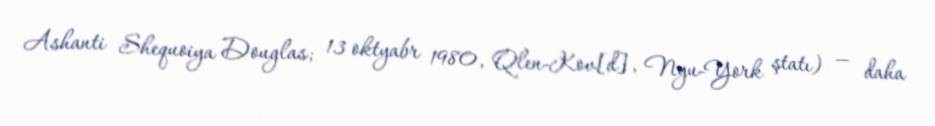
Ashanti Shequoiya Douglas; 13 oktyabr 1980, Qlen-Kov[d], Nyu-York ştatı) — daha